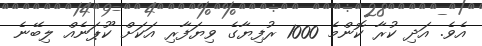
އެވެ. އަދި ކުރާ ކޮންމެ 1000 ރުފިޔާގެ ވިޔަފާރި އަކަށް ކޫޕަނެއް ލިބޭނެ